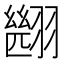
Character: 𮋑